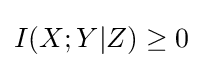
I(X;Y|Z)\geq 0